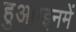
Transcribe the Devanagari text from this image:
हुआ।इनमें